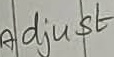
Text: Adjust